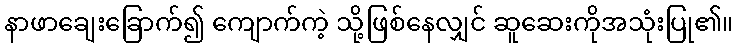
နာဖာချေးခြောက်၍ ကျောက်ကဲ့ သို့ဖြစ်နေလျှင် ဆူဆေးကိုအသုံးပြု၏။